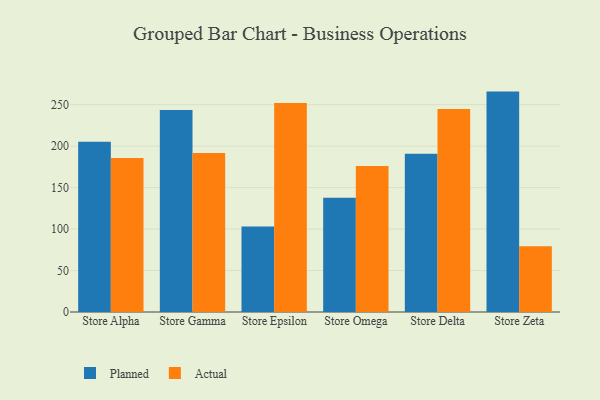
{"axis": {"x": "Store", "y": "Revenue (USD Million)"}, "legend": ["Actual", "Planned"], "data": [{"x": "Store Alpha", "y": 205.2, "type": "Planned"}, {"x": "Store Alpha", "y": 185.7, "type": "Actual"}, {"x": "Store Gamma", "y": 243.5, "type": "Planned"}, {"x": "Store Gamma", "y": 191.8, "type": "Actual"}, {"x": "Store Epsilon", "y": 103.0, "type": "Planned"}, {"x": "Store Epsilon", "y": 251.9, "type": "Actual"}, {"x": "Store Omega", "y": 137.6, "type": "Planned"}, {"x": "Store Omega", "y": 176.1, "type": "Actual"}, {"x": "Store Delta", "y": 190.9, "type": "Planned"}, {"x": "Store Delta", "y": 244.7, "type": "Actual"}, {"x": "Store Zeta", "y": 265.7, "type": "Planned"}, {"x": "Store Zeta", "y": 79.3, "type": "Actual"}]}